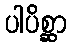
ပါပိစ္ဆာ